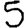
Digit: 5